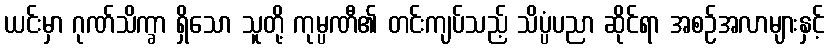
ယင်းမှာ ဂုဏ်သိက္ခာ ရှိသော သူတို့ ကုမ္ပဏီ၏ တင်းကျပ်သည့် သိပ္ပံပညာ ဆိုင်ရာ အစဉ်အလာများနှင့်